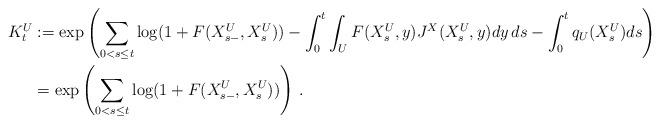
LaTeX: \begin{align*}K_t^U&:=\exp\left(\sum_{0<s\le t}\log(1+F(X_{s-}^U,X_s^U))-\int_0^t \int_U F(X_s^U,y)J^X(X_s^U,y)dy\, ds-\int_0^t q_U(X_s^U)ds\right)\\&=\exp\left(\sum_{0<s\le t}\log(1+F(X_{s-}^U,X_s^U))\right)\, .\end{align*}